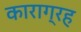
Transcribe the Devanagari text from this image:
काराग्रह